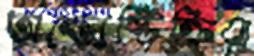
অন্ত্যেষ্টিক্রিয়া